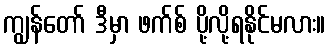
ကျွန်တော် ဒီမှာ ဖက်စ် ပို့လို့ရနိုင်မလား။